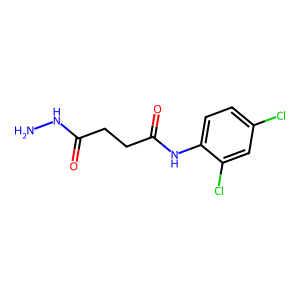
SMILES: NNC(=O)CCC(=O)Nc1ccc(Cl)cc1Cl
Inhibits HIV replication: No